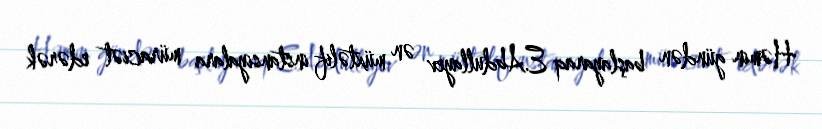
Həmin gündən başlayaraq E.Abdullayev ən müxtəlif instansiyalara müraciət edərək